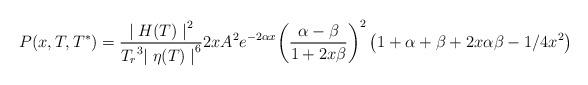
LaTeX: \begin{align*}{P(x,T,T^*) = { {{\mid H(T) \mid}^2} \over {{T_r}^3 {\mid \eta (T) \mid}^6 }} 2 x A^2 e^{-2 \alpha x} {\left( {{\alpha - \beta} \over {1 + 2 x \beta}} \right)}^2 \left( 1 + \alpha + \beta + 2 x \alpha \beta - {1/{4 x^2}} \right)}\end{align*}